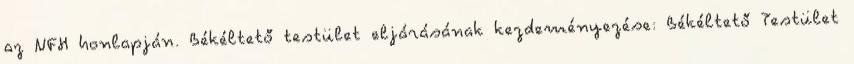
az NFH honlapján. Békéltető testület eljárásának kezdeményezése: Békéltető Testület